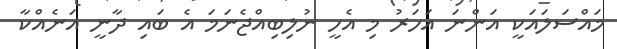
މައްސަލައަކީ އަންނަ އަހަރު މި އެހީ ނުލިބިއްޖެނަމަ އެ ބައި ދާނީ އަނެއްކާ